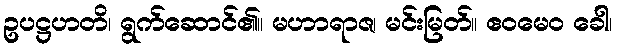
ဥပဋ္ဌဟတိ၊ ရွက်ဆောင်၏။ မဟာရာဇ၊ မင်းမြတ်။ ဧဝမေဝ ခေါ၊